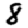
Digit: 8